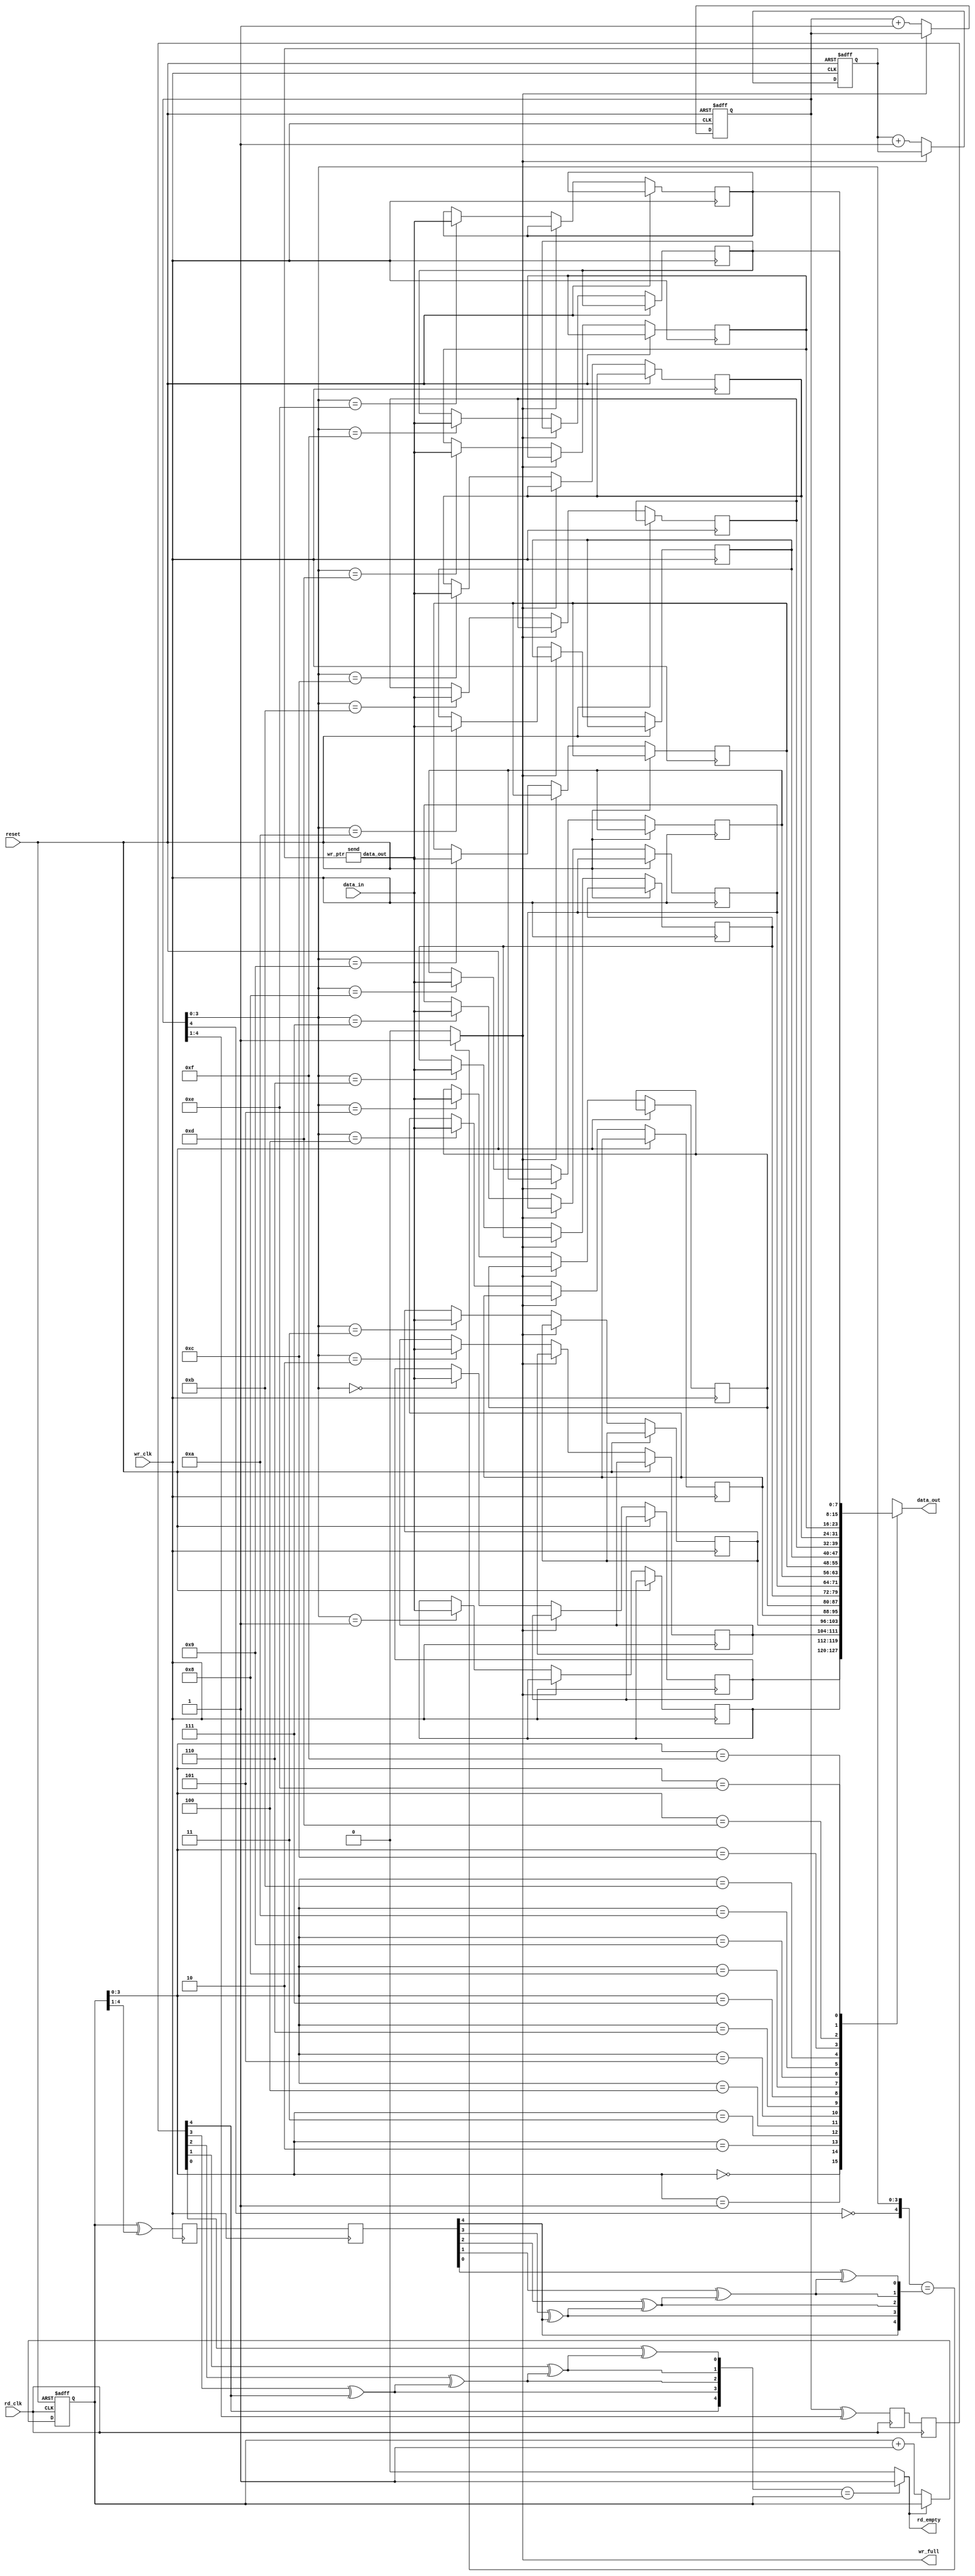
`timescale 1ns / 1ps


module AsynFIFO(data_out, data_in, wr_full, rd_empty,
rd_clk, wr_clk, reset);

parameter WIDTH = 8;
parameter POINTER = 4;
output [WIDTH-1 : 0] data_out;
output wr_full;
output rd_empty;
input [WIDTH-1 : 0] data_in;
input rd_clk, wr_clk;
input reset;

reg [POINTER : 0] rd_pointer, rd_sync_1, rd_sync_2;
reg [POINTER : 0] wr_pointer, wr_sync_1, wr_sync_2;
wire [POINTER:0] rd_pointer_g,wr_pointer_g;

parameter DEPTH = 1 << POINTER;

reg [WIDTH-1 : 0] mem [DEPTH-1 : 0];

wire [POINTER : 0] rd_pointer_sync;
wire [POINTER: 0] wr_pointer_sync;
reg full,empty;
reg [7:0] tr_ptr;

//--write logic--//

always @(posedge wr_clk or posedge reset) begin
if (reset) begin
wr_pointer <= 0;
tr_ptr<=0;
end
else if (full == 1'b0) begin
wr_pointer <= wr_pointer + 1;
tr_ptr<=tr_ptr+1;
mem[wr_pointer[POINTER-1 : 0]] <= data_in;
end
end

send s(tr_ptr,data_in);

//--read pointer synchronizer controled by write clock--//

always @(posedge wr_clk) begin
rd_sync_1 <= rd_pointer_g;
rd_sync_2 <= rd_sync_1;
end

//--read logic--//

always @(posedge rd_clk or posedge reset) begin
if (reset) begin
rd_pointer <= 0;
end
else if (empty == 1'b0) begin
rd_pointer <= rd_pointer + 1;
end
end

//--write pointer synchronizer controled by read clock--//

always @(posedge rd_clk) begin
wr_sync_1 <= wr_pointer_g;
wr_sync_2 <= wr_sync_1;
end

//--Combinational logic--//
//--Binary pointer--//

always @(*)
begin
if({~wr_pointer[POINTER],wr_pointer[POINTER-1:0]}==rd_pointer_sync)
full = 1;
else
full = 0;
end

//assign full = ((wr_pointer[POINTER-1 : 0] == rd_pointer_sync[POINTER-1 : 0]) &&
// (wr_pointer[POINTER] != rd_pointer_sync[POINTER] ));

//-- Gray pointer--//
//assign wr_full = ((wr_pointer[POINTER-2 : 0] == rd_pointer_sync[POINTER-2 : 0]) &&
// (wr_pointer[POINTER-1] != rd_pointer_sync[POINTER-1]) &&
// (wr_pointer[POINTER] != rd_pointer_sync[POINTER]));
//assign empty = ((wr_pointer_sync == rd_pointer) == 0) ? 1'b1 : 1'b0;


always @(*)
begin
if(wr_pointer_sync==rd_pointer)
empty = 1;
else
empty = 0;
end

assign data_out = mem[rd_pointer[POINTER-1 : 0]];


//--binary code to gray code--//

assign wr_pointer_g = wr_pointer ^ (wr_pointer >> 1);
assign rd_pointer_g = rd_pointer ^ (rd_pointer >> 1);

//--gray code to binary code--//

assign wr_pointer_sync[4]=wr_sync_2[4];
assign wr_pointer_sync[3]=wr_sync_2[3] ^ wr_pointer_sync[4];
assign wr_pointer_sync[2]=wr_sync_2[2] ^ wr_pointer_sync[3];
assign wr_pointer_sync[1]=wr_sync_2[1] ^ wr_pointer_sync[2];
assign wr_pointer_sync[0]=wr_sync_2[0] ^ wr_pointer_sync[1];


assign rd_pointer_sync[4]=rd_sync_2[4];
assign rd_pointer_sync[3]=rd_sync_2[3] ^ rd_pointer_sync[4];
assign rd_pointer_sync[2]=rd_sync_2[2] ^ rd_pointer_sync[3];
assign rd_pointer_sync[1]=rd_sync_2[1] ^ rd_pointer_sync[2];
assign rd_pointer_sync[0]=rd_sync_2[0] ^ rd_pointer_sync[1];

assign wr_full = full;
assign rd_empty = empty;

endmodule

module send(wr_ptr,data_out);

output [7:0] data_out;
input [7:0] wr_ptr;
reg [7:0] input_rom [127:0];
integer i;
initial begin

for(i=0;i<128;i=i+1)
input_rom[i] = i;
end

assign data_out = input_rom[wr_ptr];

endmodule